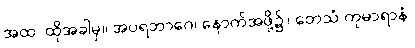
အထ၊ ထိုအခါမှ။ အပရဘာဂေ၊ နောက်အဖို့၌။ တေသံ ကုမာရာနံ၊